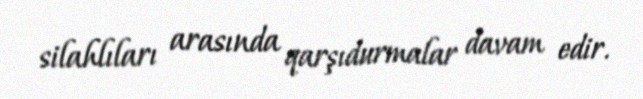
silahlıları arasında qarşıdurmalar davam edir.